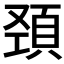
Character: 𩒍